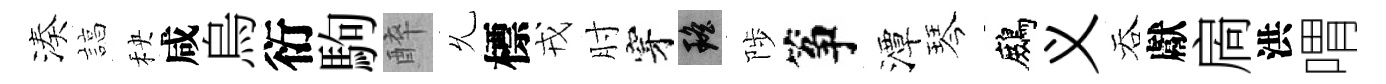
湊諄秧咸烏衍駒醉𠃔標戎肘穿瑶陟筝潭琴鷓义吞獻扄洪喟